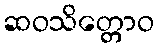
ဆဝသိတ္တောဝ